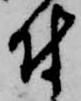
付